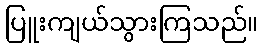
ပြူးကျယ်သွားကြသည်။